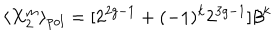
\langle X _ { 2 } ^ { m } \rangle _ { p o l } = [ 2 ^ { 2 g - 1 } + ( - 1 ) ^ { k } 2 ^ { 3 g - 1 } ] \beta ^ { k }